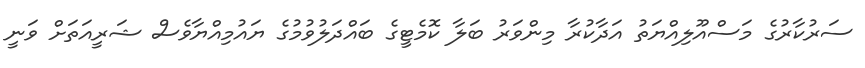
ސަރުކާރުގެ މަސްއޫލިއްޔަތު އަދާކުރާ މިންވަރު ބަލާ ކޮމެޓީގެ ބައްދަލުވުމުގެ ޔައުމިއްޔާވެސް ޝަރީއަތަށް ވަނީ